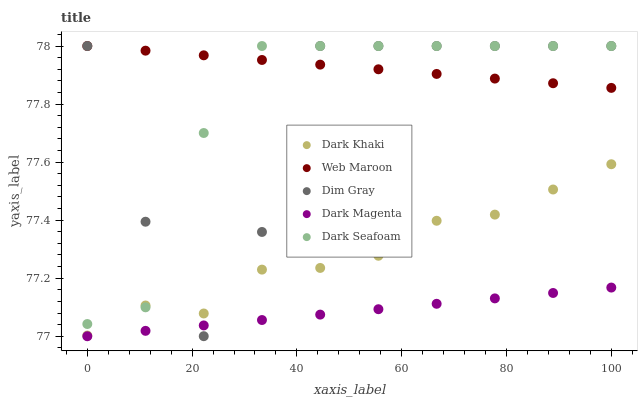
| xaxis_label | Dark Khaki | Web Maroon | Dim Gray | Dark Magenta | Dark Seafoam |
 | --- | --- | --- | --- | --- | --- |
 | 0 | 77 | 78 | 78 | 77 | 77 |
 | 11.1 | 77.1 | 78 | 77.4 | 77 | 77.1 |
 | 22.2 | 77.1 | 78 | 77 | 77 | 77.7 |
 | 33.3 | 77.2 | 78 | 77.4 | 77.1 | 78 |
 | 44.4 | 77.2 | 77.9 | 78 | 77.1 | 78 |
 | 55.6 | 77.3 | 77.9 | 78 | 77.1 | 78 |
 | 66.7 | 77.4 | 77.9 | 78 | 77.1 | 78 |
 | 77.8 | 77.4 | 77.9 | 78 | 77.1 | 78 |
 | 88.9 | 77.5 | 77.9 | 78 | 77.1 | 78 |
 | 100 | 77.6 | 77.9 | 78 | 77.2 | 78 |